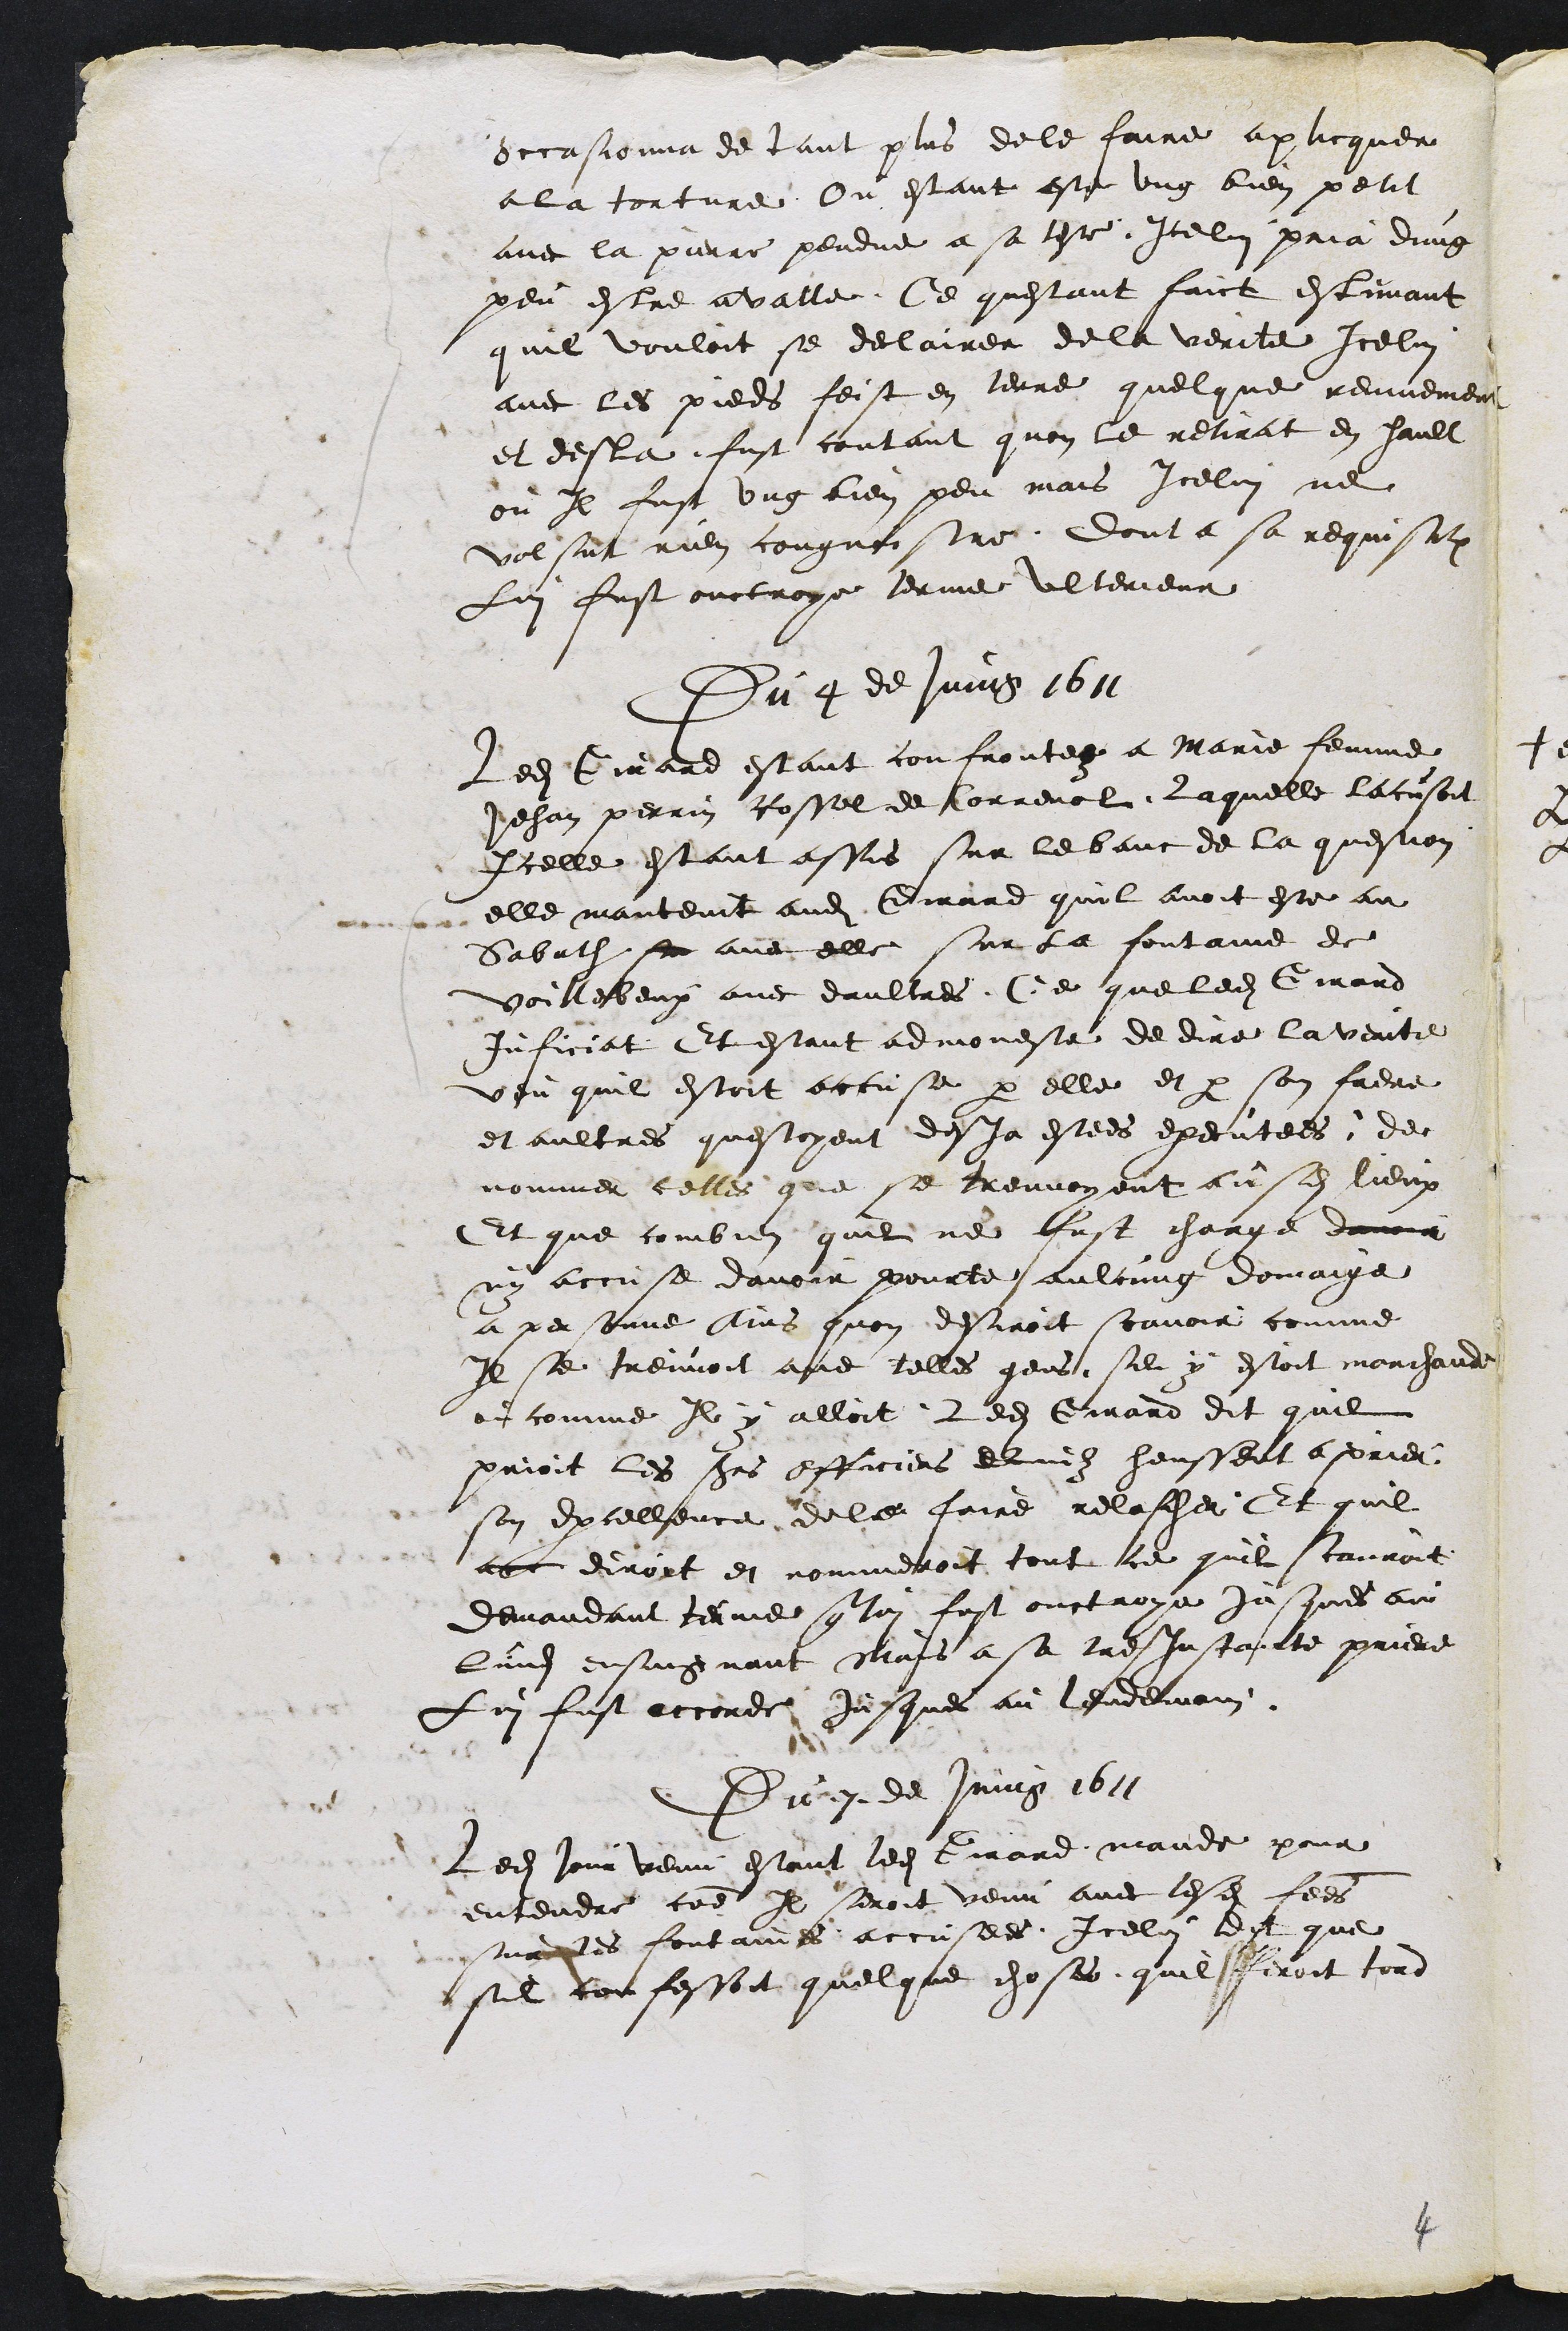
occasionna de tant plus de le faire aplicquer
a la torture Ou estant este ung bien petit
avec la pierre pendue a sa teste Icelui pria dung
peu estre avalle. Ce questant faict estimant
quil vouloit se declairer de la verite Icelui
avec les pieds feist en terre quelque remuement
et desla fust contant quon le retirat en hault
ou Il fust ung bien peu mais Icelui ne
volsut rien congnoistre dont a sa requisition
Lui fust ouctroye terme ulterieur
Du 4 de Juing 1611
Ledit Girard estant confrontez a Marie femme
Jehan perrin Rossel de Correnol Laquelle laccusoit
Icelle estant assis sur le banc de la question
elle mantenit audit Girard quil avoit estee au
Sabath su avec elle sur la fontaine de
voillebeux avec daultres, Ce que ledit Girard
inficiat Et estant admoneste de dire la verite
veu quil estoit accuse par elle et par son frere
et aultres questoyent desja estees executees de
nommer celles que se treuvoyent ausdits lieux
Et que combien quil ne fust chargee donna
ny accuse davoir pourte aulcung domaige
a personne Ains quon desiroit scavoir comme
Il se treuvoit avec telles gens sil y estoit marchande
et comme Il y alloit. Ledit Girard dit quil
prioit les sieurs officiers Quilz heussent aprier
son Excellence de le faire relascher Et quil
ace diroit et nommeroit tout ce quil scauroit
demandant terme que lui fust ouctroye jusques au
Lundi ensuiguant Mais a sa tres Instante priere
Lui fust accorde jusques au lendemain
Du 7 de Juing 1611
Ledit jour venu estant ledit Girard mande pour
entendre comme Il seroit venu avec lesdites femmes
sur les fontainnes accusees Icelui dit que
sil confessoit quelque choses quil feroit tord

4